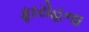
ફારોહના